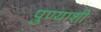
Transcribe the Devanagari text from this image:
पुण्याशी